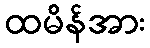
ထမိန်အား